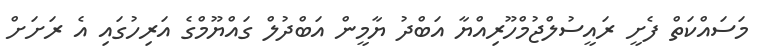
މަސައްކަތް ފެށީ ރައީސުލްޖުމްހޫރިއްޔާ އަބްދު ޔާމީން އަބްދުލް ގައްޔޫމްގެ އަރިހުގައި އެ ރަށަށް